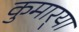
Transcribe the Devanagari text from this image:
कुमार्‍या